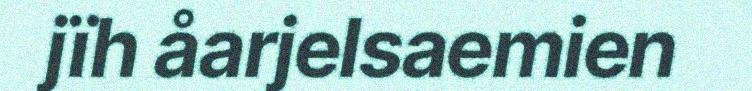
jïh åarjelsaemien